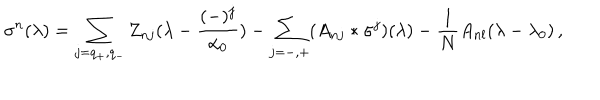
LaTeX: \sigma ^ { n } ( \lambda ) = \sum _ { j = q _ { + } , q _ { - } } Z _ { n j } ( \lambda - { \frac { ( - ) ^ { j } } { \alpha _ { 0 } } } ) - \sum _ { j = - , + } ( A _ { n j } * \sigma ^ { j } ) ( \lambda ) - { \frac { 1 } { N } } A _ { n l } ( \lambda - \lambda _ { 0 } ) \, ,